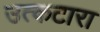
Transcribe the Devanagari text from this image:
उत्कटारा